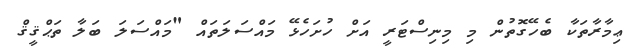
ޢިމާރާތަކާ ބެހޭގޮތުން މި މިނިސްޓަރީ އަށް ހުށަހެޅޭ މައްސަލަތައް "މައްސަލަ ބަލާ ތަޙްޤީޤް